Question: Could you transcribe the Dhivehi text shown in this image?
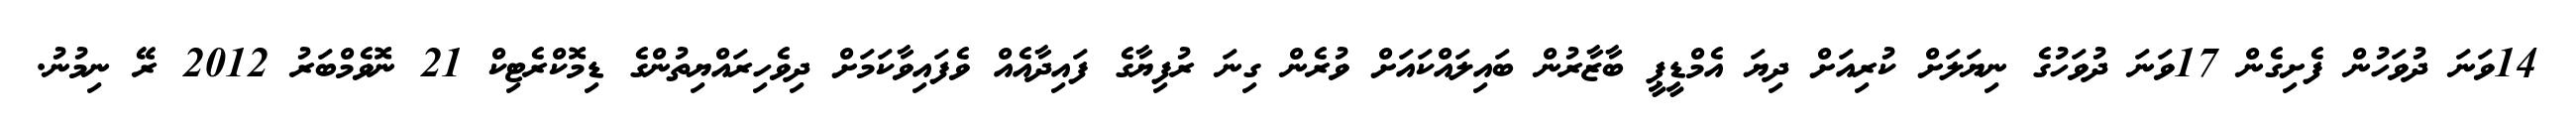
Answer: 14ވަނަ ދުވަހުން ފެށިގެން 17ވަނަ ދުވަހުގެ ނިޔަލަށް ކުރިއަށް ދިޔަ އެމްޑީޕީ ބާޒާރުން ބައިލައްކައަށް ވުރެން ގިނަ ރުފިޔާގެ ފައިދާއެއް ވެފައިވާކަމަށް ދިވެހިރައްޔިތުންގެ ޑިމޮކްރެޓިކް 21 ނޮވެމްބަރު 2012 ރޭ ނިމުނު.